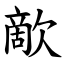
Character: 歒